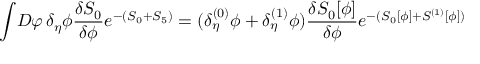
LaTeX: \int \! { \cal D } \varphi \, \delta _ { \eta } \phi { \frac { \delta S _ { 0 } } { \delta \phi } } e ^ { - ( S _ { 0 } + S _ { 5 } ) } = ( \delta _ { \eta } ^ { ( 0 ) } \phi + \delta _ { \eta } ^ { ( 1 ) } \phi ) { \frac { \delta S _ { 0 } [ \phi ] } { \delta \phi } } e ^ { - ( S _ { 0 } [ \phi ] + S ^ { ( 1 ) } [ \phi ] ) }